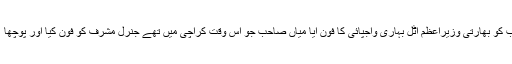
کارگل ہوا تو میاں صاحب کو بھارتی وزیراعظم اٹل بہاری واجپائی کا فون آیا میاں صاحب جو اس وقت کراچی میں تھے جنرل مشرف کو فون کیا اور پوچھا ’’کارگل میں کیا ہواہے‘‘۔